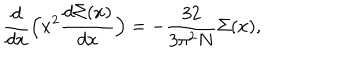
LaTeX: \frac { d } { d x } \Bigl ( x ^ { 2 } \frac { d \Sigma ( x ) } { d x } \Bigr ) = - \frac { 3 2 } { 3 \pi ^ { 2 } N } \Sigma ( x ) ,